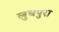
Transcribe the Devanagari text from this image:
लुधपुरा